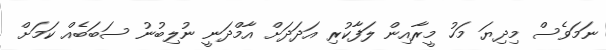
ނަމަވެސް މިދިޔަ މަހު މީރާއިން ލަފާކުރި އަދަދަށް އާމްދަނީ ނުލިބުނު ސަބަބެއް ކަމަށް